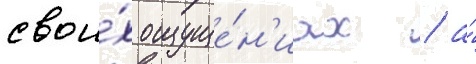
свои́х ощуще́н'иах / а́